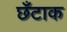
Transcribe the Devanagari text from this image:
छँटाक